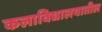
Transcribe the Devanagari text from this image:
कलाविद्यालयातील